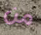
من